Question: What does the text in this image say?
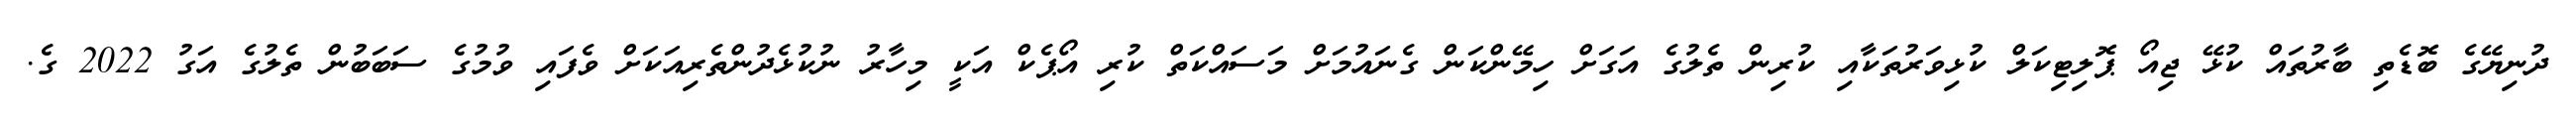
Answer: ދުނިޔޭގެ ބޮޑެތި ބާރުތައް ކުޅޭ ޖިއޯ ޕޮލިޓިކަލް ކުޅިވަރުތަކާއި ކުރިން ތެލުގެ އަގަށް ހިމޭންކަން ގެނައުމަށް މަސައްކަތް ކުރި އޯޕެކް އަކީ މިހާރު ނުކުޅެދުންތެރިއަކަށް ވެފައި ވުމުގެ ސަބަބުން ތެލުގެ އަގު 2022 ގެ.